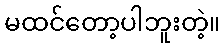
မထင်တော့ပါဘူးတဲ့။